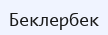
Беклербек